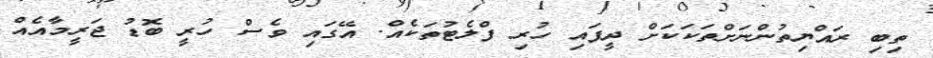
ތިބި ރައްޔިތުންނަށްތަކަކަށް ދީފައި ހުރި ފްލެޓުތަކެއް. އޭގައި ވެސް ހުރީ ބޮޑު ޖަރީމާއެއް